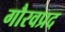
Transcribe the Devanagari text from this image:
गौरवप्रद